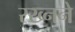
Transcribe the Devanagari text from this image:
रख्नने